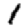
Digit: 1